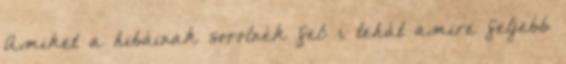
Amiket a hibáinak sorolnék fel: 1. tehát amire feljebb